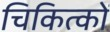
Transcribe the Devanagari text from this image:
चिकित्कों